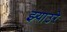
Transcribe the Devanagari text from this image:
झ्याउरे